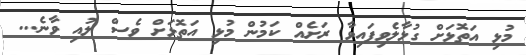
މުޅި އަތޮޅަށް ގުޅާލެވިފައިވާ ރަށެއް ކަމުން މުޅި އަތޮޅަށް ވެސް ލުއި ވާނެ...